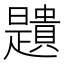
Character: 𧸯